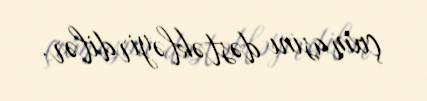
çıxmasını dəstəkləyirdilər.